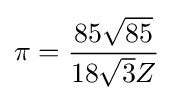
\pi ={\frac {85{\sqrt {85}}}{18{\sqrt {3}}Z}}